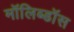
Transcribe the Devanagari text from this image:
मॉलिब्डॉस